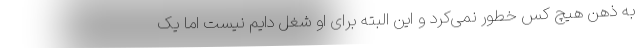
به ذهن هیچ کس خطور نمی‌کرد و این البته برای او شغل دایم نیست اما یک